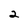
Character: 2